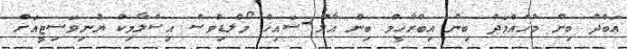
އަބްދު ބިން މުހައްމަދު ބިން އިބްރާހީމް ބިން އާލް-ޝައިޚް މޯލްޑިވްސް އިސްލާމިކް ޔުނިވަސިޓީއަށް